Indian journal of veterinary science and animal husbandry - Volumes 15-17, 1948-1951
Year: 1948
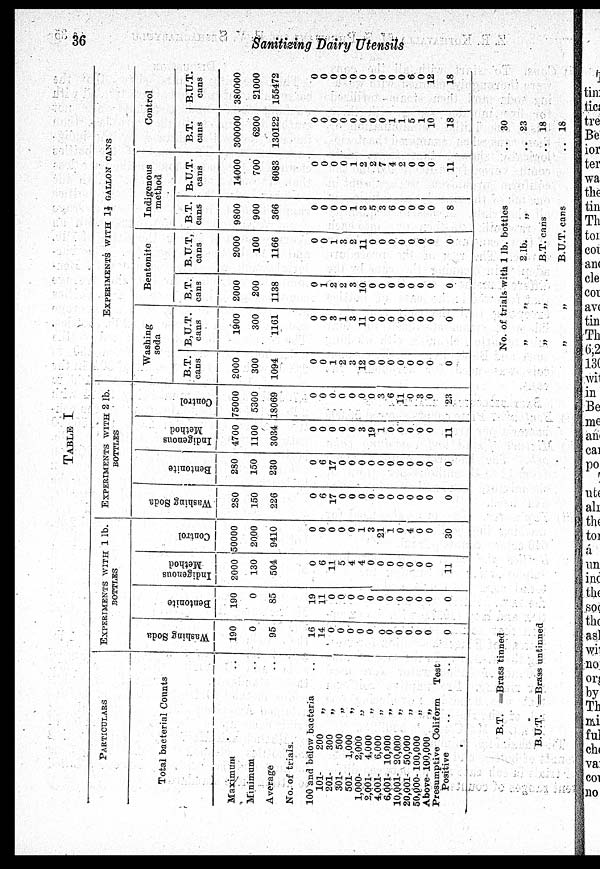
36
Sanitizing Dairy Utensils
TABLE I
PARTICULARS
Total bacterial Counts
Maximum ..
Minimum ..
Average ..
No. of trials.
100 and below bacteria ..
101-
200
„
201-
300 „
301-
500
„
501- 1,000
„
1,000- 2,000 „
2,001- 4,000 „
4,001- 6,000
„
6,001- 10,000
„
10,001- 20,000
„
20,001- 50,000
„
50,000- 100,000
„
Above- 100,000
„
Presumptive Coliform
Test
Positive .. ..
EXPERIMENTS WITH 1 lb.
BOTTLES
Wa s hi ng Soda
190
0
95
16
14
0
0
0
0
0
0 0
0
0
0
0
0
Be nt oni t
e
190
0
85
19
11
0
0
0
0
0
0
0
0
0
0
0
0
I
ndi ge nous
Me th
o d
2000
130
504
0
6
11
5
4
4
0
0
0
0
0
0
0
11
Cont r
ol
50000
2000
9410
0
0
0
0
0
1
3
21
1
0
4
0
0
30
EXPERIMENTS WITH 2 lb.
BOTTLES
Wa s hi ng Soda
280
150
226
0
6
17
0
0
0
0
0
0
0
0
0
0
0
Be nt oni t
e
280
150
230
0
6
17
0
0
0
0
0
0
0
0
0
0
0
I
ndi ge nous
Method
4700
1100
3034
0
0
0
0
0
3
19
1
0
0
0
0
0
11
Cont r ol
75000
5300
18069
0
0
0
0
0
0
0
3
6
11
0
3
0
23
EXPERIMENTS WITH 1½ GALLON CANS
Washing
soda
B.T.
cans
2000
300
1094
0
0
1
2
3
12
0
0
0
0
0
0
0
0
B.U.T.
cans
1900
300
1161
0
0
3
1
3
11
0
0
0
0
0
0
0
0
Bentonite
B.T.
cans
2000
200
1138
0
1
2
2
3
10
0
0
0
0
0
0
0
0
B.U.T,
cans
2000
100
1166
0
0
1
3
2
11
0
0
0
0
0
0
0
0
Indigenous
method
B.T.
cans
9800
900
366
0
0
0
0
1
3
5
3
6
0
0
0
0
8
B.U.T.
cans
14000
700
6083
0
0
0
0
1
2
2
7
4
2
0
0
0
11
Control
B.T.
cans
300000
6200
130122
0
0
0
0
0
0
0
0
1
1
5
1
10
18
B.U.T.
cans
380000
21000
155472
0
0
0
0
0
0
0
0
0
0
6
0
12
18
B.T. = Brass tinned
B.U.T. =Brass untinned
No. of trials with 1 lb. bottles
„
„
2 lb.
„
„ „B.T.
cans
„ „B.U.T.
cans
.. 30
.. 23
.. 18
.. 18